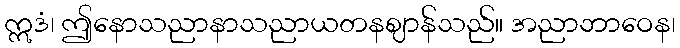
ဣဒံ၊ ဤနောသညာနာသညာယတနဈာန်သည်။ အညာဘာဝေန၊